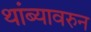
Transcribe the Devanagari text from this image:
थांब्यावरुन